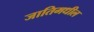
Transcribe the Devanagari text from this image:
जातिमधील